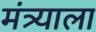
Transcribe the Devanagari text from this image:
मंत्र्याला